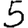
Digit: 5